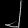
Digit: ၂